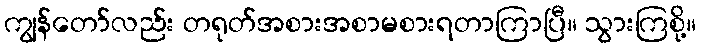
ကျွန်တော်လည်း တရုတ်အစားအစာမစားရတာကြာပြီ။ သွားကြစို့။